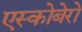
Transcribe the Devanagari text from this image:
एस्कोबेरो